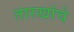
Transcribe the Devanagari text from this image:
तारखांचे